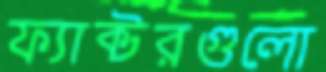
ফ্যাক্টরগুলো